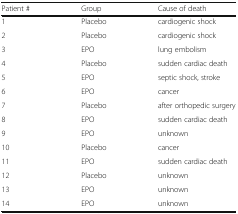
<table><thead><tr><td><b>Patient #</b></td><td><b>Group</b></td><td><b>Cause of death</b></td></tr></thead><tbody><tr><td>1</td><td>Placebo</td><td>cardiogenic shock</td></tr><tr><td>2</td><td>Placebo</td><td>cardiogenic shock</td></tr><tr><td>3</td><td>EPO</td><td>lung embolism</td></tr><tr><td>4</td><td>Placebo</td><td>sudden cardiac death</td></tr><tr><td>5</td><td>EPO</td><td>septic shock, stroke</td></tr><tr><td>6</td><td>EPO</td><td>cancer</td></tr><tr><td>7</td><td>Placebo</td><td>after orthopedic surgery</td></tr><tr><td>8</td><td>EPO</td><td>sudden cardiac death</td></tr><tr><td>9</td><td>EPO</td><td>unknown</td></tr><tr><td>10</td><td>Placebo</td><td>cancer</td></tr><tr><td>11</td><td>EPO</td><td>sudden cardiac death</td></tr><tr><td>12</td><td>Placebo</td><td>unknown</td></tr><tr><td>13</td><td>EPO</td><td>unknown</td></tr><tr><td>14</td><td>EPO</td><td>unknown</td></tr></tbody></table>